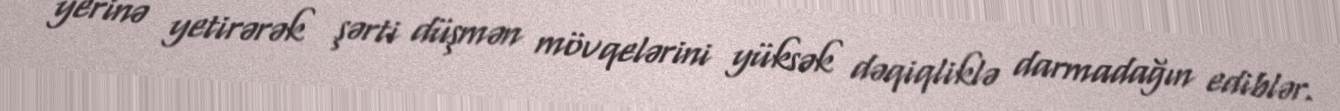
yerinə yetirərək şərti düşmən mövqelərini yüksək dəqiqliklə darmadağın ediblər.